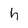
Character: h